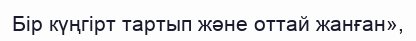
Бір күңгірт тартып және оттай жанған»,